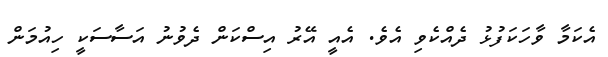
އެކަމާ ވާހަކަފުޅު ދެއްކެވި އެވެ. އެއީ އޭރު އިސްކަން ދެވުނު އަސާސަކީ ހިއުމަން